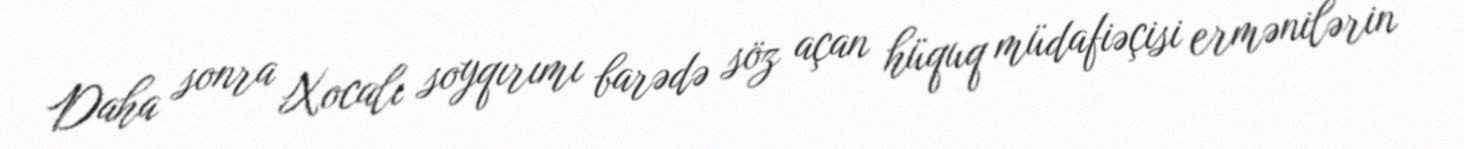
Daha sonra Xocalı soyqırımı barədə söz açan hüquq müdafiəçisi ermənilərin